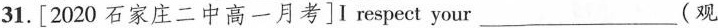
31.[ 2020 石 家 庄 二 中 高 一 月 考 ] I respect your ___(观